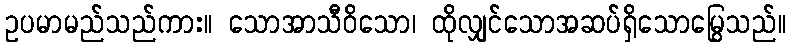
ဥပမာမည်သည်ကား။ သောအာသီဝိသော၊ ထိုလျှင်သောအဆပ်ရှိသောမြွေသည်။